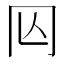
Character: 𠕈